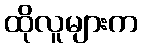
ထိုလူများက